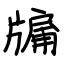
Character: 牖